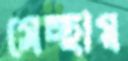
সেচ্ছায়